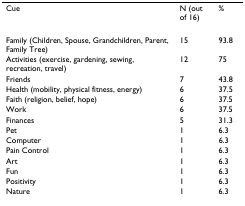
<table><thead><tr><td><b>Cue</b></td><td><b>N (out of 16)</b></td><td><b>%</b></td></tr></thead><tbody><tr><td>Family (Children, Spouse, Grandchildren, Parent, Family Tree)</td><td>15</td><td>93.8</td></tr><tr><td>Activities (exercise, gardening, sewing, recreation, travel)</td><td>12</td><td>75</td></tr><tr><td>Friends</td><td>7</td><td>43.8</td></tr><tr><td>Health (mobility, physical fitness, energy)</td><td>6</td><td>37.5</td></tr><tr><td>Faith (religion, belief, hope)</td><td>6</td><td>37.5</td></tr><tr><td>Work</td><td>6</td><td>37.5</td></tr><tr><td>Finances</td><td>5</td><td>31.3</td></tr><tr><td>Pet</td><td>1</td><td>6.3</td></tr><tr><td>Computer</td><td>1</td><td>6.3</td></tr><tr><td>Pain Control</td><td>1</td><td>6.3</td></tr><tr><td>Art</td><td>1</td><td>6.3</td></tr><tr><td>Fun</td><td>1</td><td>6.3</td></tr><tr><td>Positivity</td><td>1</td><td>6.3</td></tr><tr><td>Nature</td><td>1</td><td>6.3</td></tr></tbody></table>